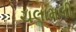
ચલામલી